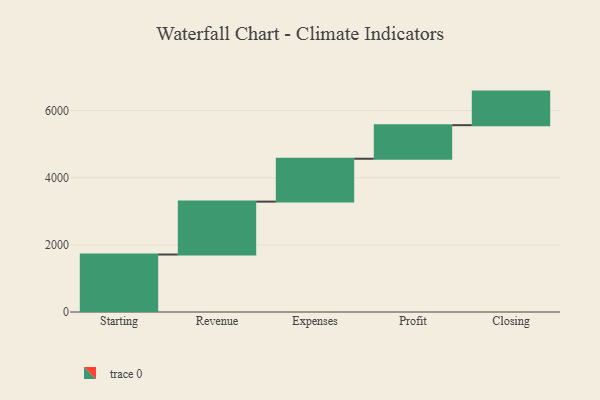
{"axis": {"x": "Step", "y": "Value"}, "legend": [""], "data": [{"x": "Starting", "y": 1712.0, "type": ""}, {"x": "Revenue", "y": 1576.0, "type": ""}, {"x": "Expenses", "y": 1277.0, "type": ""}, {"x": "Profit", "y": 1000, "type": ""}, {"x": "Closing", "y": 1000, "type": ""}]}